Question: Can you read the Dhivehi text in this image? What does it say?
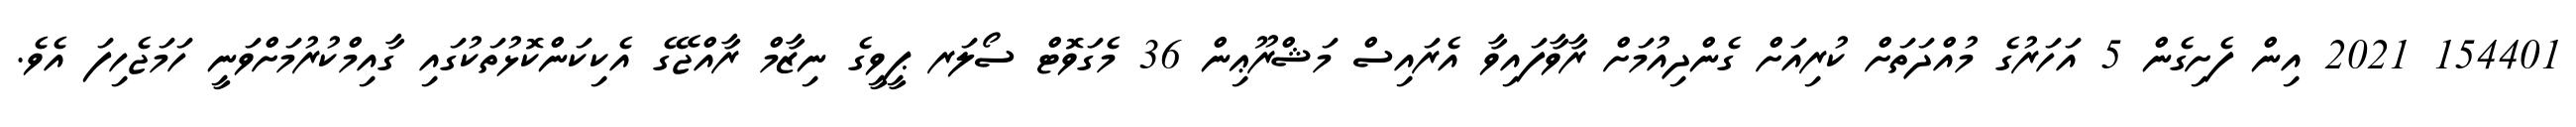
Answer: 154401 2021 އިން ފެށިގެން 5 އަހަރުގެ މުއްދަތަށް ކުރިއަށް ގެންދިއުމަށް ރާވާފައިވާ އެރައިސް މަޝްރޫޢިން 36 މެގަވޮޓް ސޯލަރ ޕީވީގެ ނިޒާމް ރާއްޖޭގެ އެކިކަންކޮޅުތަކުގައި ގާއިމްކުރުމަށްވަނީ ހަމަޖެހިފަ އެވެ.